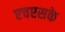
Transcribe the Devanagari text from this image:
एचएसके